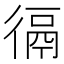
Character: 𢔸